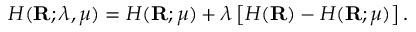
H ( \mathbf { R } ; \lambda , \mu ) = H ( \mathbf { R } ; \mu ) + \lambda \left[ H ( \mathbf { R } ) - H ( \mathbf { R } ; \mu ) \right] .